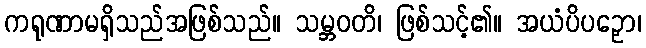
ကရုဏာမရှိသည်အဖြစ်သည်။ သမ္ဘဝတိ၊ ဖြစ်သင့်၏။ အယံပိပဉှော၊